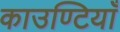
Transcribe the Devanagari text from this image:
काउण्टियाँ